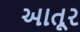
આતૂર